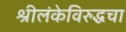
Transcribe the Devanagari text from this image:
श्रीलंकेविरुद्धचा